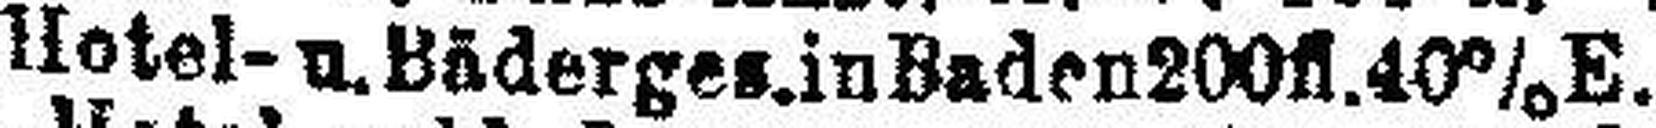
Hotel- u. Bäderges. in Baden 200fl. 40%E.